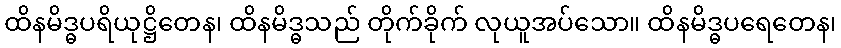
ထိနမိဒ္ဓပရိယုဋ္ဌိတေန၊ ထိနမိဒ္ဓသည် တိုက်ခိုက် လုယူအပ်သော။ ထိနမိဒ္ဓပရေတေန၊